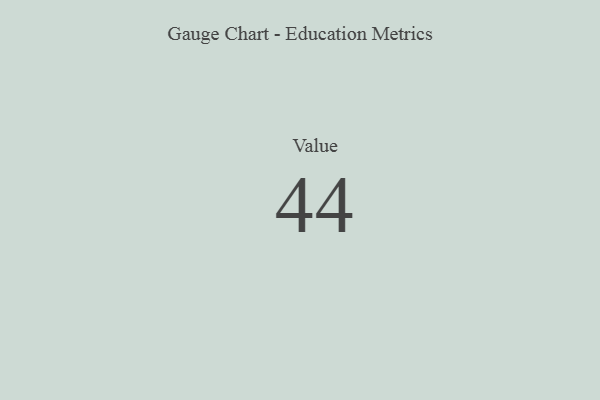
{"axis": {"x": "Metric", "y": "Value"}, "legend": [""], "data": [{"x": "Value", "y": 44, "type": ""}]}